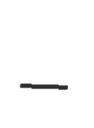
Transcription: –